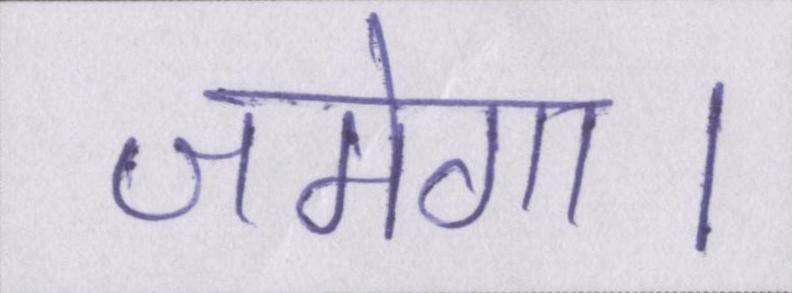
जमेगा।